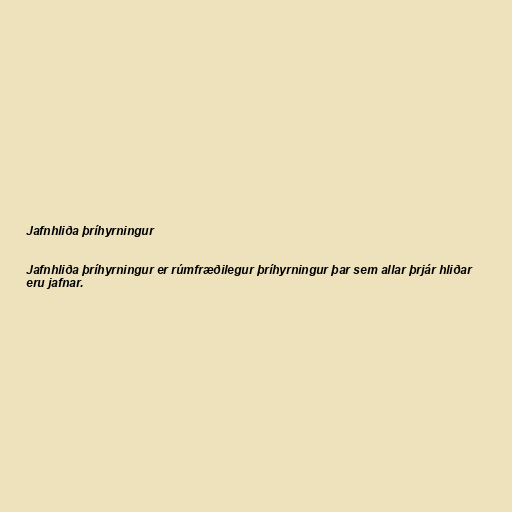
Jafnhliða þríhyrningur

Jafnhliða þríhyrningur er rúmfræðilegur þríhyrningur þar sem allar þrjár hliðar
eru jafnar.